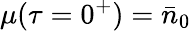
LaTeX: \mu(\tau=0^{+})=\bar{n}_{0}